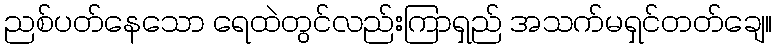
ညစ်ပတ်နေသော ရေထဲတွင်လည်းကြာရှည် အသက်မရှင်တတ်ချေ။